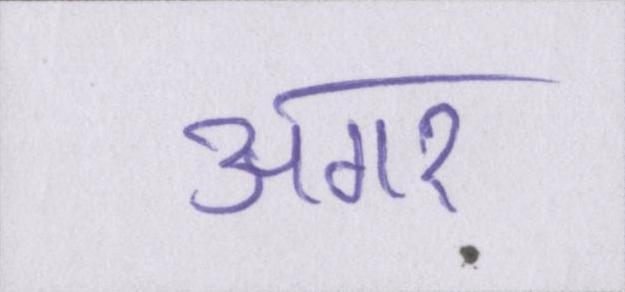
अगर